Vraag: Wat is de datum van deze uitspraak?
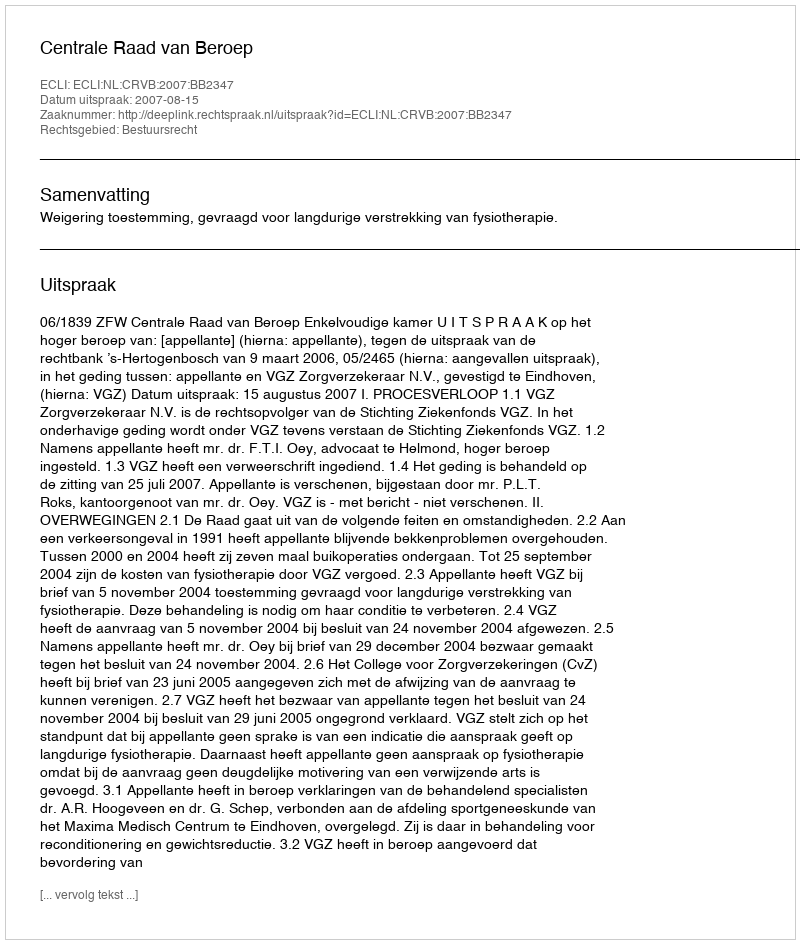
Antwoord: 2007-08-15